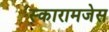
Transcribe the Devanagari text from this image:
स्कारामजेस